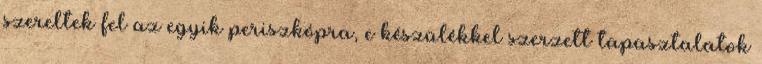
szereltek fel az egyik periszkópra, e készülékkel szerzett tapasztalatok